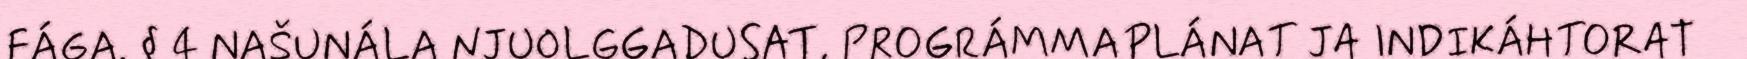
FÁGA. § 4 NAŠUNÁLA NJUOLGGADUSAT, PROGRÁMMAPLÁNAT JA INDIKÁHTORAT